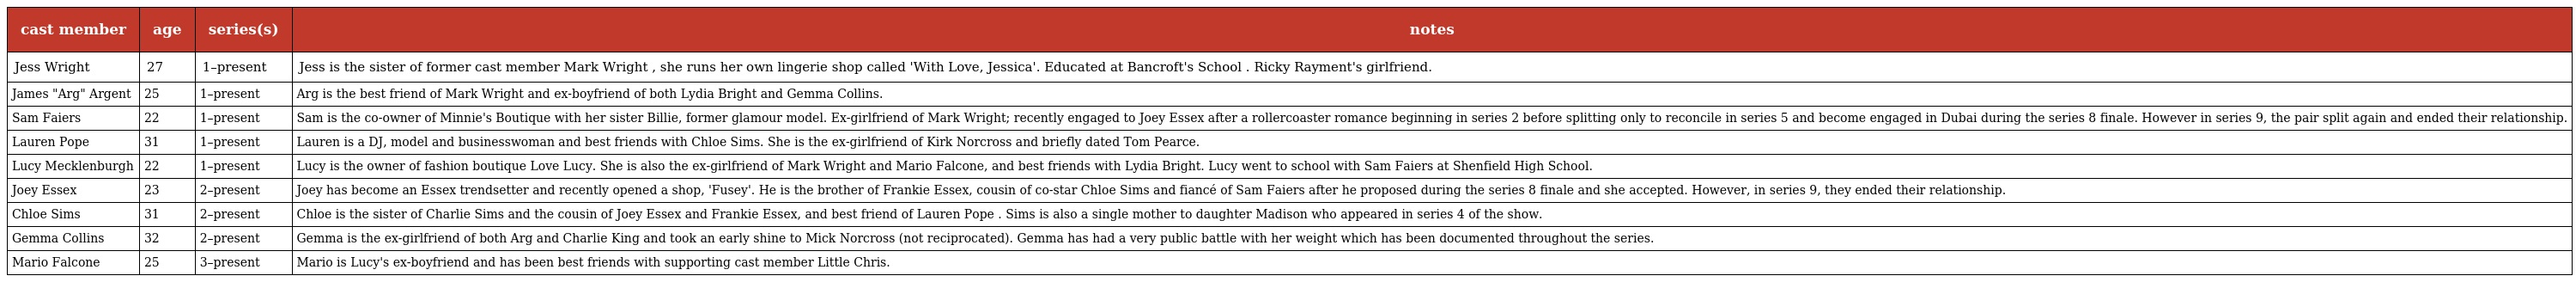
| cast member | age | series(s) | notes |
 | --- | --- | --- | --- |
 | Jess Wright | 27 | 1–present | Jess is the sister of former cast member Mark Wright , she runs her own lingerie shop called 'With Love, Jessica'. Educated at Bancroft's School . Ricky Rayment's girlfriend. |
 | James "Arg" Argent | 25 | 1–present | Arg is the best friend of Mark Wright and ex-boyfriend of both Lydia Bright and Gemma Collins. |
 | Sam Faiers | 22 | 1–present | Sam is the co-owner of Minnie's Boutique with her sister Billie, former glamour model. Ex-girlfriend of Mark Wright; recently engaged to Joey Essex after a rollercoaster romance beginning in series 2 before splitting only to reconcile in series 5 and become engaged in Dubai during the series 8 finale. However in series 9, the pair split again and ended their relationship. |
 | Lauren Pope | 31 | 1–present | Lauren is a DJ, model and businesswoman and best friends with Chloe Sims. She is the ex-girlfriend of Kirk Norcross and briefly dated Tom Pearce. |
 | Lucy Mecklenburgh | 22 | 1–present | Lucy is the owner of fashion boutique Love Lucy. She is also the ex-girlfriend of Mark Wright and Mario Falcone, and best friends with Lydia Bright. Lucy went to school with Sam Faiers at Shenfield High School. |
 | Joey Essex | 23 | 2–present | Joey has become an Essex trendsetter and recently opened a shop, 'Fusey'. He is the brother of Frankie Essex, cousin of co-star Chloe Sims and fiancé of Sam Faiers after he proposed during the series 8 finale and she accepted. However, in series 9, they ended their relationship. |
 | Chloe Sims | 31 | 2–present | Chloe is the sister of Charlie Sims and the cousin of Joey Essex and Frankie Essex, and best friend of Lauren Pope . Sims is also a single mother to daughter Madison who appeared in series 4 of the show. |
 | Gemma Collins | 32 | 2–present | Gemma is the ex-girlfriend of both Arg and Charlie King and took an early shine to Mick Norcross (not reciprocated). Gemma has had a very public battle with her weight which has been documented throughout the series. |
 | Mario Falcone | 25 | 3–present | Mario is Lucy's ex-boyfriend and has been best friends with supporting cast member Little Chris. |